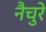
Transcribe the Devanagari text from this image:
नैचुरे